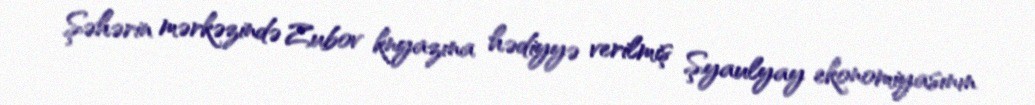
Şəhərin mərkəzində Zubov knyazına hədiyyə verilmiş Şyaulyay ekonomiyasının